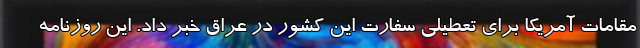
مقامات آمریکا برای تعطیلی سفارت این کشور در عراق خبر داد. این روزنامه